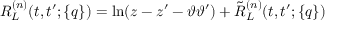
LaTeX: R _ { L } ^ { ( n ) } ( t , t ^ { \prime } ; \{ q \} ) = \ln ( z - z ^ { \prime } - \vartheta \vartheta ^ { \prime } ) + \tilde { R } _ { L } ^ { ( n ) } ( t , t ^ { \prime } ; \{ q \} )